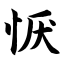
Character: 恹